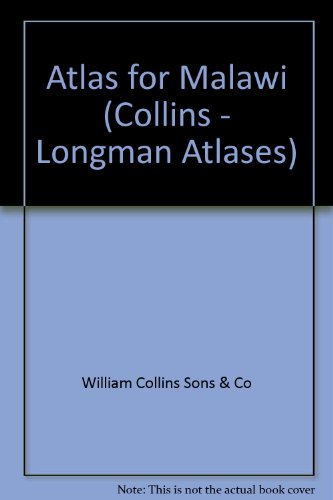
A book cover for Atlas for Malawi (Collins - Longman Atlases); William Collins Sons & Co; Travel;